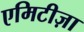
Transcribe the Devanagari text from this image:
एमिटीज़ा